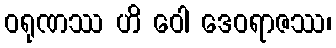
ဝရုဏဿ ဟိ ဝေါ ဒေဝရာဇဿ၊